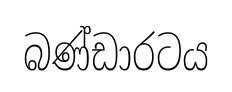
බණ්ඩාරටය